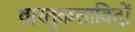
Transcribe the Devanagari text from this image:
वास्तुकलाविदों